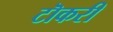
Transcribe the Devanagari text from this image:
टॊकरी